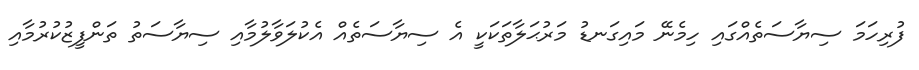
ފުރިހަމަ ސިޔާސަތެއްގައި ހިމެނޭ މައިގަނޑު މަރުޙަލާތަކަކީ އެ ސިޔާސަތެއް އެކުލަވާލުމާއި ސިޔާސަތު ތަންފީޒުކުރުމާއި